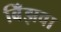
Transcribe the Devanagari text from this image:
बिँझवा